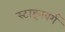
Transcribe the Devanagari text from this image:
स्टाइनबर्ग